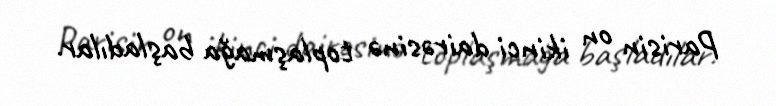
Parisin on ikinci dairəsinə toplaşmağa başladılar.